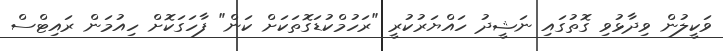
ވަކީލުން ވިދާޅުވި ގޮތުގައި ނަޝީދު ހައްޔަރުކުރީ "ރަހުމްކުޑަގޮތަކަށް ކަން" ފާހަގަކޮށް ހިއުމަން ރައިޓްސް